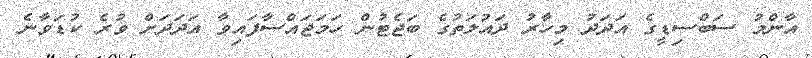
އާންމު ސަބްސިޑީގެ އަދަދު މިހާރު ދައުލަތުގެ ބަޖެޓުން ހަމަޖައްސާފައިވާ އަދަދަށް ވުރެ ކުޑަވާނެ